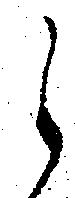
ら